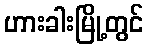
ဟားခါးမြို့တွင်